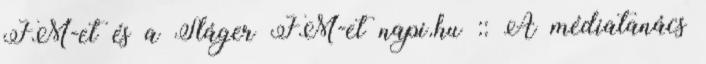
FM-et és a Sláger FM-et napi.hu :: A médiatanács